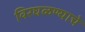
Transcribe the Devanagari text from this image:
विरघळण्याचे